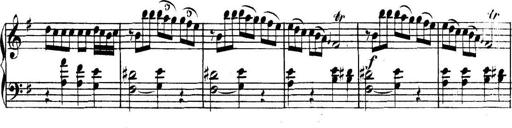
Title: Collected Piano Sonatas
Composer: Muzio Clementi